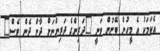
އެކަމަކު އެ މީހުން ބޭނުން ވަނީ "ދަރިންގެ ދަރިންނަށް ދާން ދެން ވެސް"